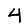
Digit: 4